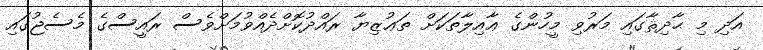
އަދި މި ޙާދިޘާގައި މަރުވި މީހުންގެ ޢާއިލާތަކަށް ތަޢުޒިޔާ ރައްދުކޮށްދެއްވުމަށްވެސް ރައީސްގެ މެސެޖުގައި